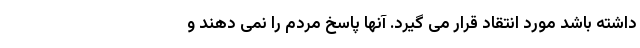
داشته باشد مورد انتقاد قرار می گیرد. آنها پاسخ مردم را نمی دهند و